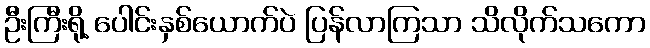
ဦးကြီးရို့ ပေါင်းနှစ်ယောက်ပဲ ပြန်လာကြသာ သိလိုက်သကော